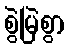
စွဲမြဲစွာ